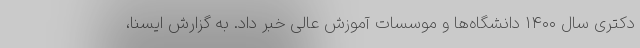
دکتری سال ۱۴۰۰ دانشگاه‌ها و موسسات آموزش عالی خبر داد. به گزارش ایسنا،